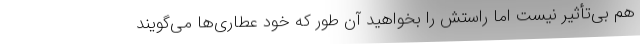
هم بی‌تأثیر نیست اما راستش را بخواهید آن طور که خود عطاری‌ها می‌گویند